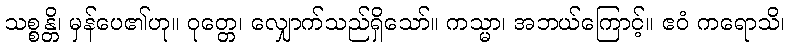
သစ္စန္တိ၊ မှန်ပေ၏ဟု။ ဝုတ္တေ၊ လျှောက်သည်ရှိသော်။ ကသ္မာ၊ အဘယ်ကြောင့်။ ဧဝံ ကရောသိ၊